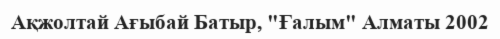
Ақжолтай Ағыбай Батыр, "Ғалым" Алматы 2002